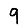
Digit: 9